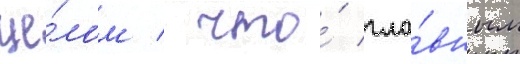
це́лом / что́ гла́вным